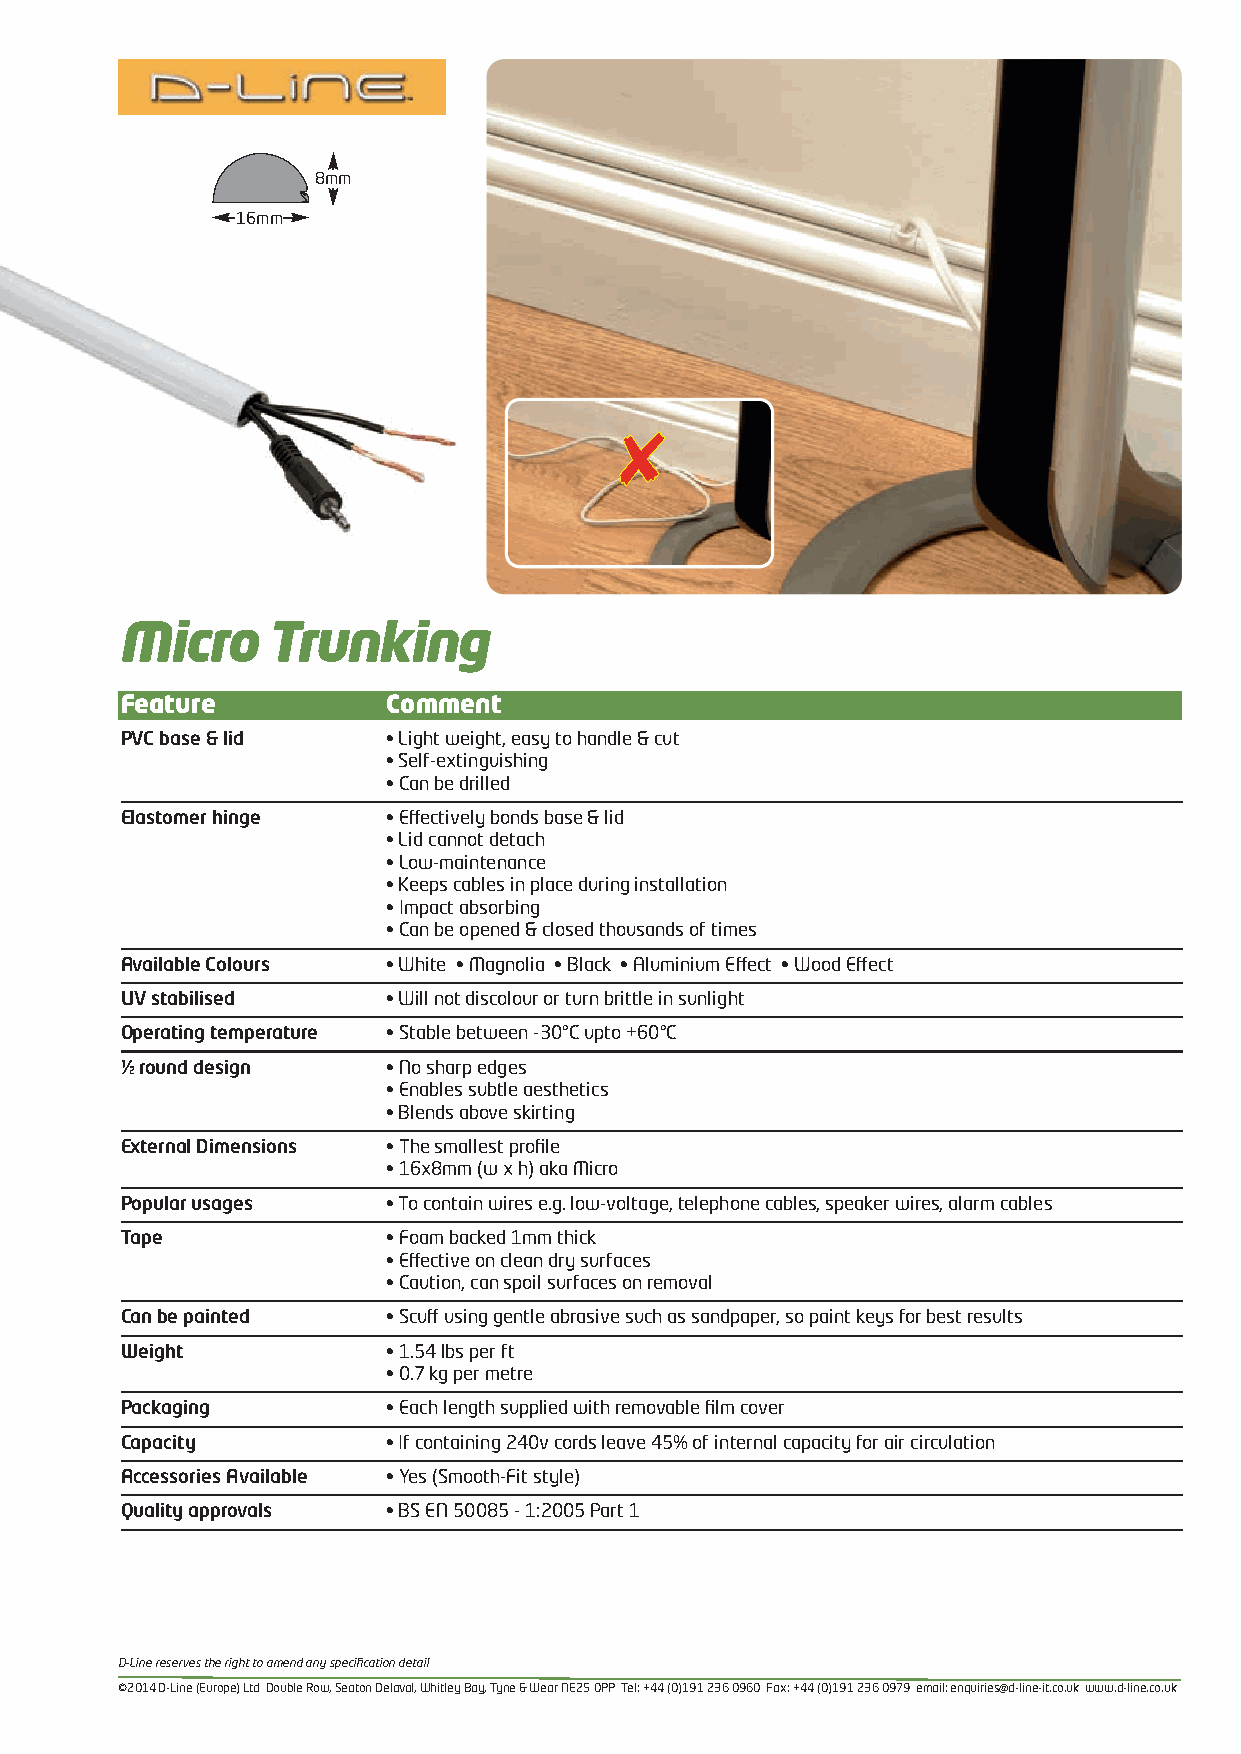
8mm
 16mm
 Micro     Trunking
 Feature           Comment
 PVC base & lid    • Light weight, easy to handle & cut
 • Self-extinguishing
 • Can be drilled
 Elastomer hinge   • Effectively bonds base & lid
 • Lid cannot detach
 • Low-maintenance
 • Keeps cables in place during installation
 • Impact absorbing
 • Can be opened & closed thousands of times
 Available Colours • White • Magnolia • Black • Aluminium Effect • Wood Effect
 UV stabilised     • Will not discolour or turn brittle in sunlight
 Operating temperature • Stable between -30°C upto +60°C
 ½ round design    • No sharp edges
 • Enables subtle aesthetics
 • Blends above skirting
 External Dimensions • The smallest profile
 • 16x8mm (w x h) aka Micro
 Popular usages    • To contain wires e.g. low-voltage, telephone cables, speaker wires, alarm cables
 Tape              • Foam backed 1mm thick
 • Effective on clean dry surfaces
 • Caution, can spoil surfaces on removal
 Can be painted    • Scuff using gentle abrasive such as sandpaper, so paint keys for best results
 Weight            • 1.54 lbs per ft
 • 0.7 kg per metre
 Packaging         • Each length supplied with removable film cover
 Capacity          • If containing 240v cords leave 45% of internal capacity for air circulation
 Accessories Available • Yes (Smooth-Fit style)
 Quality approvals • BS EN 50085 - 1:2005 Part 1
 D-Line reserves the right to amend any specification detail
 ©2014 D-Line (Europe) Ltd Double Row, Seaton Delaval, Whitley Bay, Tyne & Wear NE25 0PP Tel: +44 (0)191 236 0960 Fax: +44 (0)191 236 0979 email: enquiries@d-line-it.co.uk www.d-line.co.uk